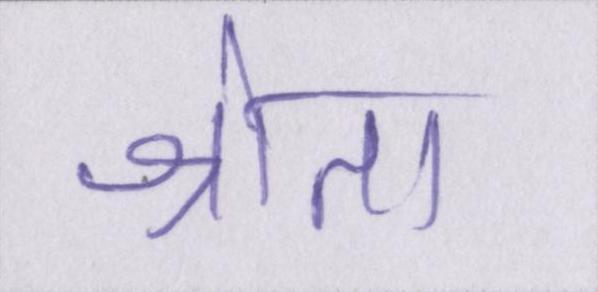
श्रोता